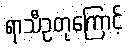
ရာသီဥတုကြောင့်